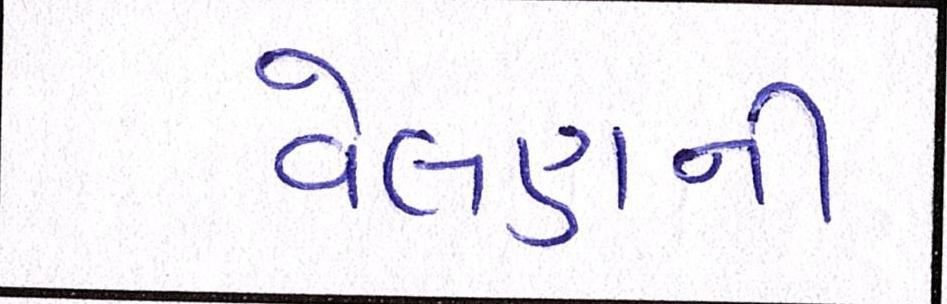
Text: વેલણની